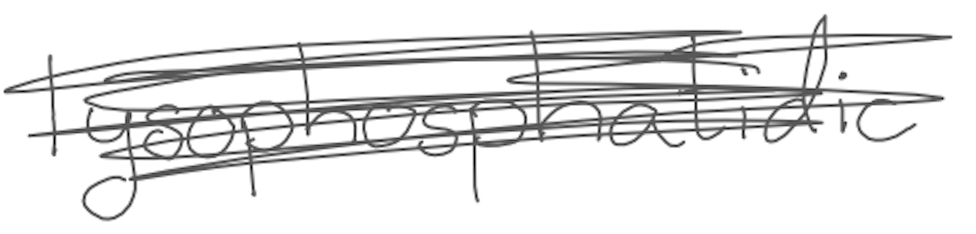
Text: lysophosphatidic
Cross-out: scratch
Writing tool: digital_gray